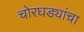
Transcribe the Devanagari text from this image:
चोरघड्यांचा